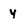
Character: y